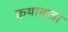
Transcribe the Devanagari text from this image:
कथायात्रा